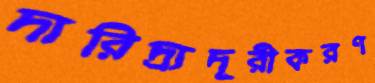
দারিদ্র্যদূরীকরণ